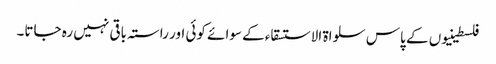
فلسطینیوں کے پاس سلواۃ الاستسقاء کے سوائے کوئی اور راستہ باقی نہیں رہ جاتا۔